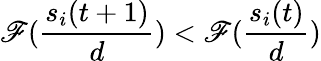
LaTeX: \mathscr{F}(\frac{{s_{i}(t+1)}}{{d}})<\mathscr{F}(\frac{{s_{i}(t)}}{{d}})